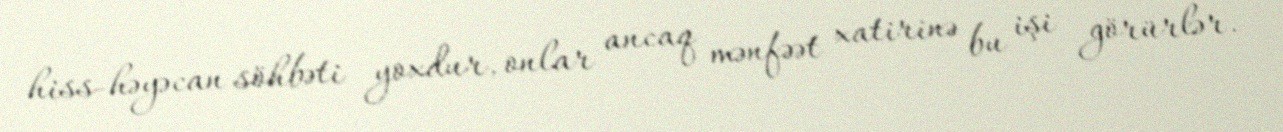
hiss-həyəcan söhbəti yoxdur, onlar ancaq mənfəət xatirinə bu işi görürlər.